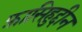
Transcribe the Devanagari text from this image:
फ़ासिहुद्दीन